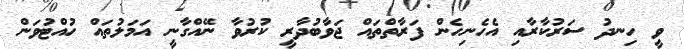
ވީ ހިނދު ސަރުކާރާއި އެހެނިހެން ފަރާތްތައް ޖަވާބުދާރީ ކުރުވާ ނޭއްގާނީ އަމަލުތައް ހުއްޓުވަން